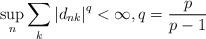
LaTeX: \begin{align*} \sup_{n} \sum\limits_{k}\left| d_{nk}\right|^{q} < \infty , q=\frac{p}{p-1} \end{align*}